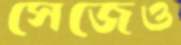
সেজেও